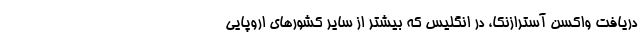
دریافت واکسن آسترازنکا، در انگلیس که بیشتر از سایر کشورهای اروپایی